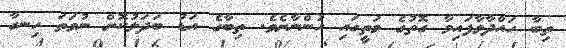
ތިބާ ހައްދާވާފައިވާ ގޮތުގެ މަތީގައި ހުންނާށެވެ. ތިބާގެ އަޑު ބަދަލުކޮށް ނުވަތަ ހިނގާ